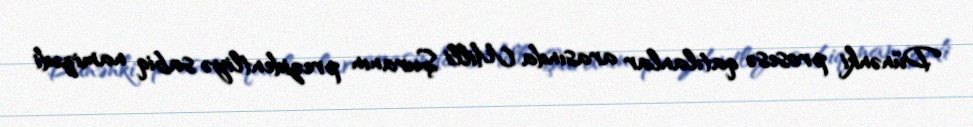
Dünənki prosesə qatılanlar arasında Milli Şuranın prezidentliyə sabiq namizədi